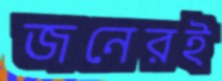
জনেরই